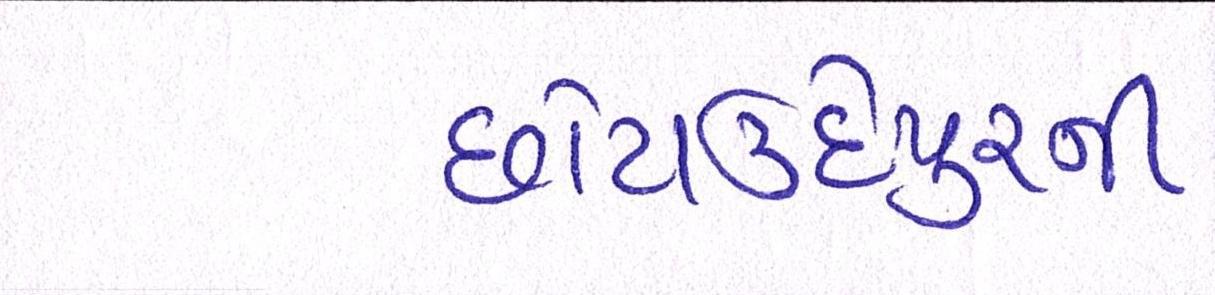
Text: છોટાઉદેપુરની